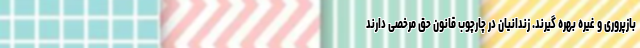
بازپروری و غیره بهره گیرند. زندانیان در چارچوب قانون حق مرخصی دارند